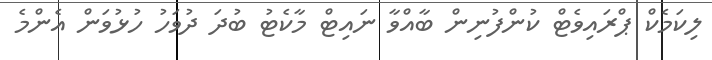
ލިކަމެކް ޕްރައިވެޓް ކުންފުނިން ބާއްވާ ނައިޓް މާކެޓު ބުދަ ދުވަހު ހުޅުވަން އެންމެ